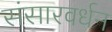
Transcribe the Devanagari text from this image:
संसारवर्धन